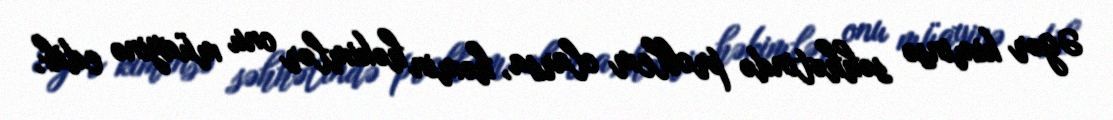
Əgər kiminsə səhhətində problem olarsa, həmin həkimlər onu müayinə edib,